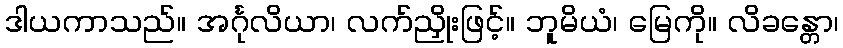
ဒါယကာသည်။ အင်္ဂုလိယာ၊ လက်ညှိုးဖြင့်။ ဘူမိယံ၊ မြေကို။ လိခန္တော၊